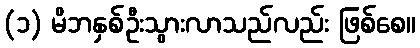
(၁) မိဘနှစ်ဦးသွားလာသည်လည်း ဖြစ်စေ။